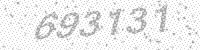
Solution: 693131